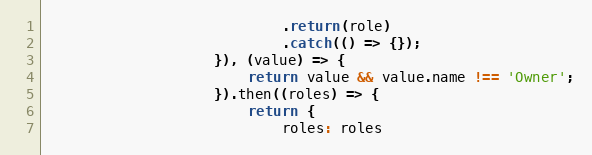
Language: JavaScript
                            .return(role)
                            .catch(() => {});
                    }), (value) => {
                        return value && value.name !== 'Owner';
                    }).then((roles) => {
                        return {
                            roles: roles